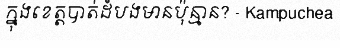
ក្នុងខេត្តបាត់ដំបងមានប៉ុន្មាន? - Kampuchea